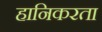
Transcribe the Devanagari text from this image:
हानिकरता